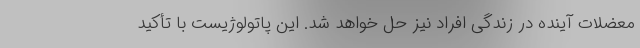
معضلات آینده در زندگی افراد نیز حل خواهد شد. این پاتولوژیست با تأکید